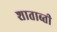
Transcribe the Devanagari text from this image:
शाताब्ती